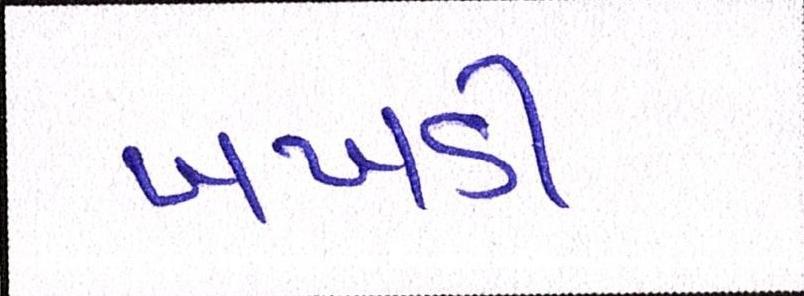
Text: ખખડી